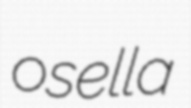
osella